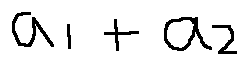
a _ { 1 } + a _ { 2 }